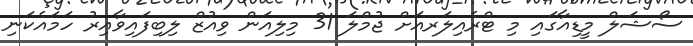
ސޯޝަލް މީޑިއާގައި މި ޓްރެއިލަރއަށް ޖުމްލަ 31 މިލިއަން ވިއުޒް ލިބިފައިވާއިރު ހަމައެކަނި